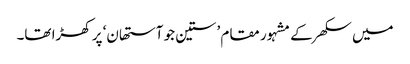
میں سکھر کے مشہور مقام ’ستین جو آستھان‘ پر کھڑا تھا۔